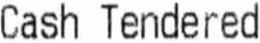
CASH TENDERED